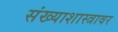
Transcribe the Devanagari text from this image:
संख्याशास्त्रावर